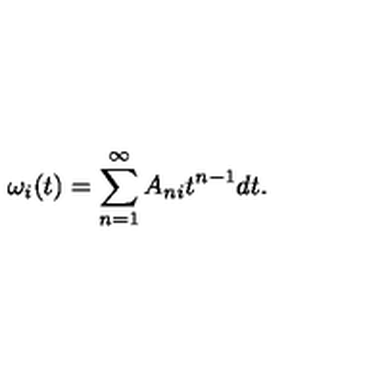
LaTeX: \omega _ { i } ( t ) = \sum _ { n = 1 } ^ { \infty } A _ { n i } t ^ { n - 1 } d t .